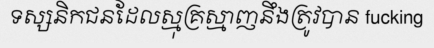
ទស្សនិកជនដែលស្មុគ្រស្មាញនឹងត្រូវបាន fucking